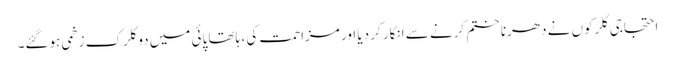
احتجاجی کلرکوں نے دھرنا ختم کرنے سے انکار کر دیا اور مزاحمت کی ، ہاتھا پائی میں دو کلرک زخمی ہوگئے۔